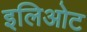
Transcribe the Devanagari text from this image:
इलिओट